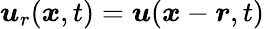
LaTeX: \boldsymbol u_{r}(\boldsymbol x,t)=\boldsymbol u(\boldsymbol x-\boldsymbol r,t)